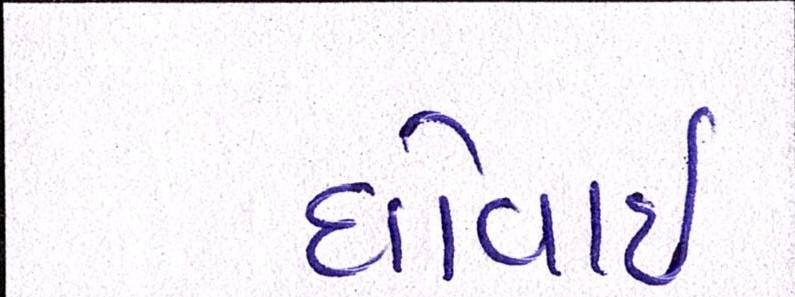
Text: ધોવાઇ